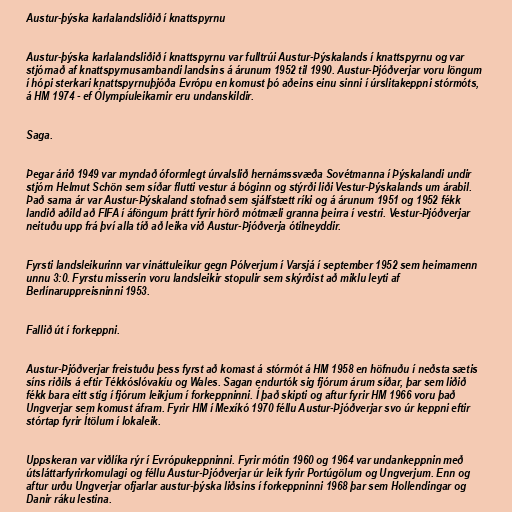
Austur-þýska karlalandsliðið í knattspyrnu

Austur-þýska karlalandsliðið í knattspyrnu var fulltrúi Austur-Þýskalands í knattspyrnu og var
stjórnað af knattspyrnusambandi landsins á árunum 1952 til 1990. Austur-Þjóðverjar voru löngum
í hópi sterkari knattspyrnuþjóða Evrópu en komust þó aðeins einu sinni í úrslitakeppni stórmóts,
á HM 1974 - ef Ólympíuleikarnir eru undanskildir.

Saga.

Þegar árið 1949 var myndað óformlegt úrvalslið hernámssvæða Sovétmanna í Þýskalandi undir
stjórn Helmut Schön sem síðar flutti vestur á bóginn og stýrði liði Vestur-Þýskalands um árabil.
Það sama ár var Austur-Þýskaland stofnað sem sjálfstætt ríki og á árunum 1951 og 1952 fékk
landið aðild að FIFA í áföngum þrátt fyrir hörð mótmæli granna þeirra í vestri. Vestur-Þjóðverjar
neituðu upp frá því alla tíð að leika við Austur-Þjóðverja ótilneyddir.

Fyrsti landsleikurinn var vináttuleikur gegn Pólverjum í Varsjá í september 1952 sem heimamenn
unnu 3:0. Fyrstu misserin voru landsleikir stopulir sem skýrðist að miklu leyti af
Berlínaruppreisninni 1953.

Fallið út í forkeppni.

Austur-Þjóðverjar freistuðu þess fyrst að komast á stórmót á HM 1958 en höfnuðu í neðsta sætis
síns riðils á eftir Tékkóslóvakíu og Wales. Sagan endurtók sig fjórum árum síðar, þar sem liðið
fékk bara eitt stig í fjórum leikjum í forkeppninni. Í það skipti og aftur fyrir HM 1966 voru það
Ungverjar sem komust áfram. Fyrir HM í Mexíkó 1970 féllu Austur-Þjóðverjar svo úr keppni eftir
stórtap fyrir Ítölum í lokaleik.

Uppskeran var viðlíka rýr í Evrópukeppninni. Fyrir mótin 1960 og 1964 var undankeppnin með
útsláttarfyrirkomulagi og féllu Austur-Þjóðverjar úr leik fyrir Portúgölum og Ungverjum. Enn og
aftur urðu Ungverjar ofjarlar austur-þýska liðsins í forkeppninni 1968 þar sem Hollendingar og
Danir ráku lestina.